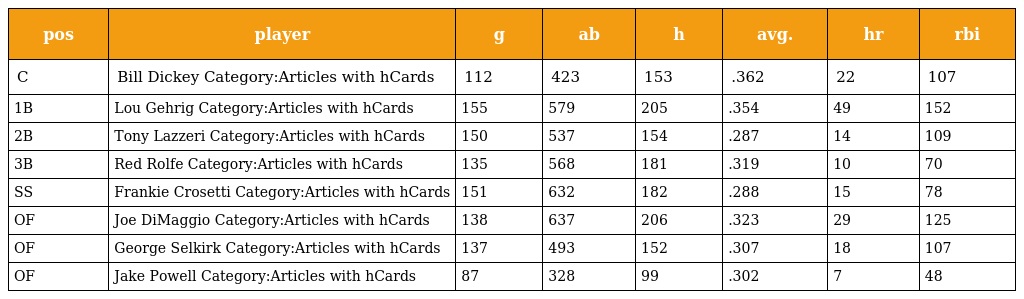
| pos | player | g | ab | h | avg. | hr | rbi |
 | --- | --- | --- | --- | --- | --- | --- | --- |
 | C | Bill Dickey Category:Articles with hCards | 112 | 423 | 153 | .362 | 22 | 107 |
 | 1B | Lou Gehrig Category:Articles with hCards | 155 | 579 | 205 | .354 | 49 | 152 |
 | 2B | Tony Lazzeri Category:Articles with hCards | 150 | 537 | 154 | .287 | 14 | 109 |
 | 3B | Red Rolfe Category:Articles with hCards | 135 | 568 | 181 | .319 | 10 | 70 |
 | SS | Frankie Crosetti Category:Articles with hCards | 151 | 632 | 182 | .288 | 15 | 78 |
 | OF | Joe DiMaggio Category:Articles with hCards | 138 | 637 | 206 | .323 | 29 | 125 |
 | OF | George Selkirk Category:Articles with hCards | 137 | 493 | 152 | .307 | 18 | 107 |
 | OF | Jake Powell Category:Articles with hCards | 87 | 328 | 99 | .302 | 7 | 48 |